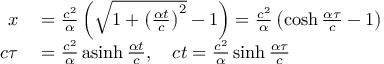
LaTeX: \begin{array} { r l } { x } & { { } = { \frac { c ^ { 2 } } { \alpha } } \left( { \sqrt { 1 + \left( { \frac { \alpha t } { c } } \right) ^ { 2 } } } - 1 \right) = { \frac { c ^ { 2 } } { \alpha } } \left( \cosh { \frac { \alpha \tau } { c } } - 1 \right) } \\ { c \tau } & { { } = { \frac { c ^ { 2 } } { \alpha } } \operatorname { a s i n h } { \frac { \alpha t } { c } } , \quad c t = { \frac { c ^ { 2 } } { \alpha } } \sinh { \frac { \alpha \tau } { c } } } \end{array}